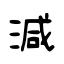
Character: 減